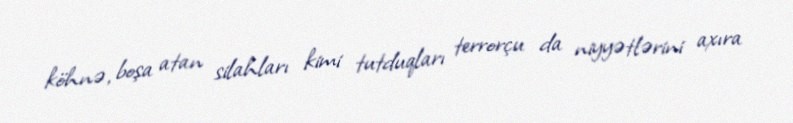
köhnə, boşa atan silahları kimi tutduqları terrorçu da niyyətlərini axıra